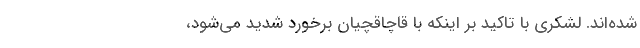
شده‌اند. لشکری با تاکید بر اینکه با قاچاقچیان برخورد شدید می‌شود،